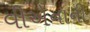
વીએનાની